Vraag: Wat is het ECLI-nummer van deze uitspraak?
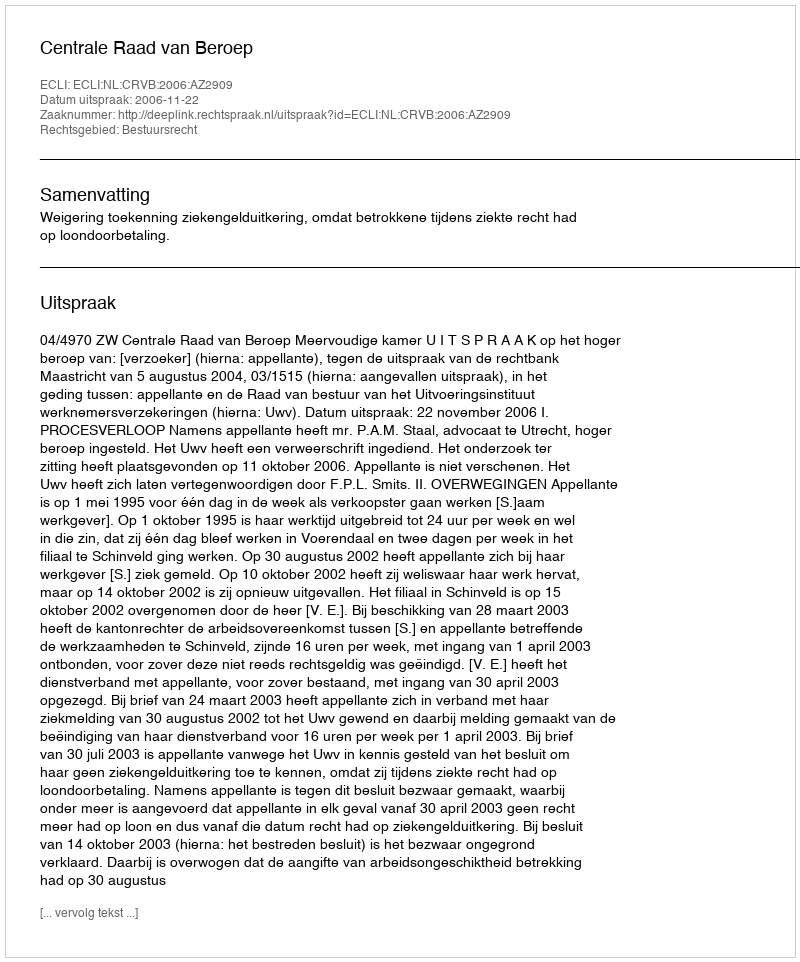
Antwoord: ECLI:NL:CRVB:2006:AZ2909